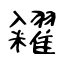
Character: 糴